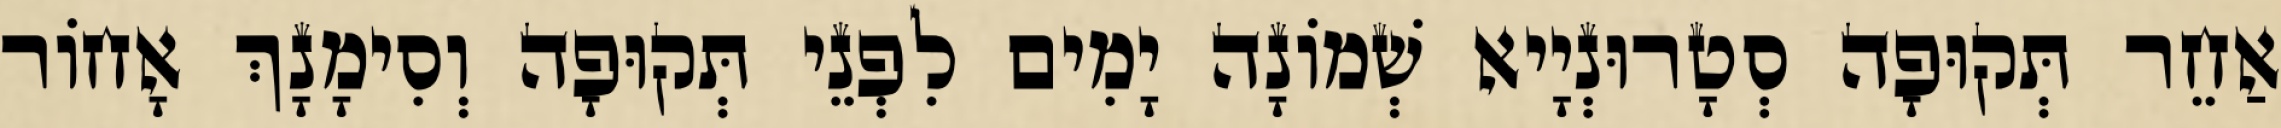
אַחֵר תְּקוּפָה סְטָרוּנְיָיא שְׁמוֹנָה יָמִים לִפְנֵי תְּקוּפָה וְסִימָנָךְ אָחוֹר